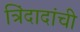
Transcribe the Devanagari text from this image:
त्रिंदादांची